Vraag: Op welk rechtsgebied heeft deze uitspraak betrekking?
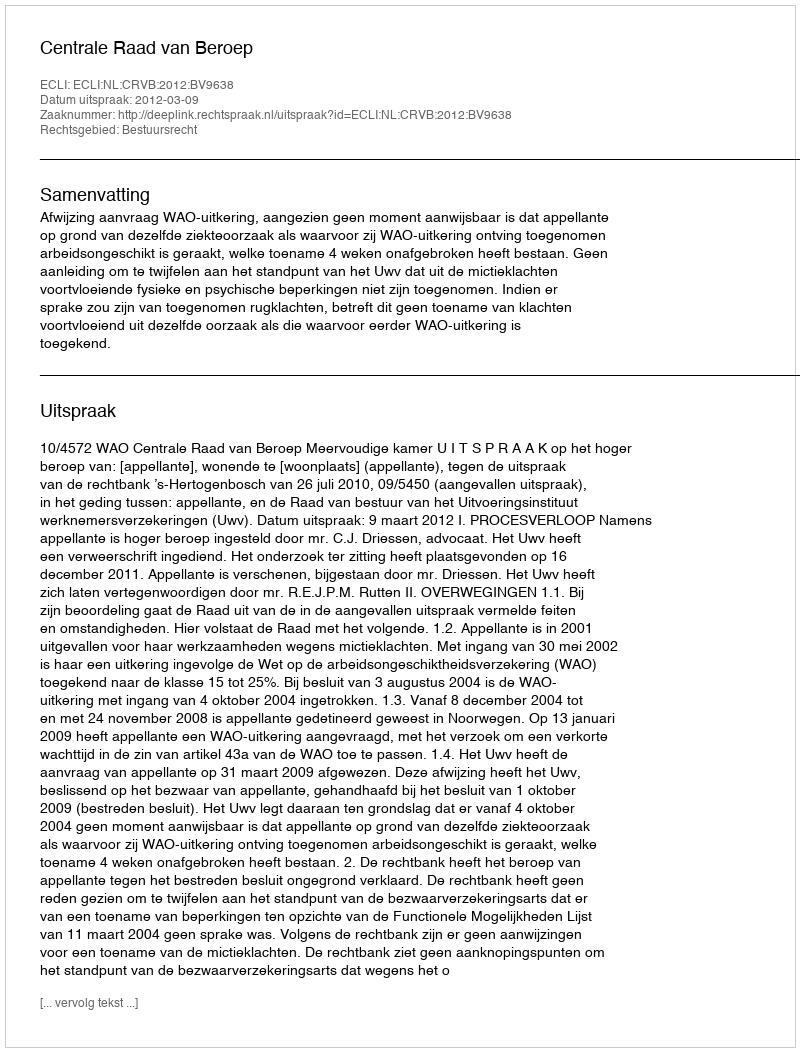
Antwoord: Bestuursrecht